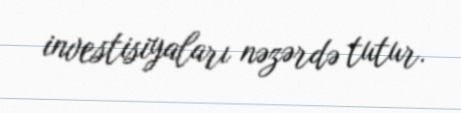
investisiyaları nəzərdə tutur.